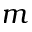
m